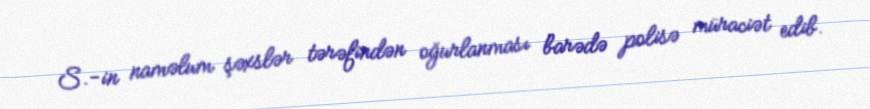
S.-in naməlum şəxslər tərəfindən oğurlanması barədə polisə müraciət edib.